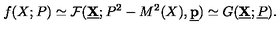
f ( X ; P ) \simeq { \cal F } ( \underline { { \bf X } } ; P ^ { 2 } - M ^ { 2 } ( X ) , \underline { { \bf p } } ) \simeq G ( \underline { { \bf X } } ; \underline { { P } } ) .